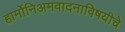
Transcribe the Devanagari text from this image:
हार्मोनिअमवादनाविषयीचे